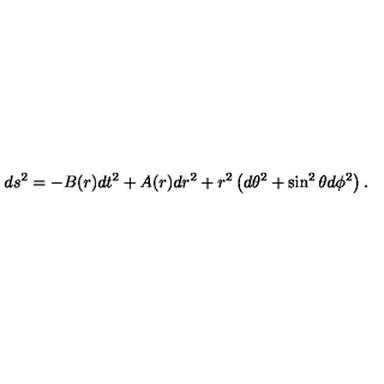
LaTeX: d s ^ { 2 } = - B ( r ) d t ^ { 2 } + A ( r ) d r ^ { 2 } + r ^ { 2 } \left( d \theta ^ { 2 } + \sin ^ { 2 } \theta d \phi ^ { 2 } \right) .